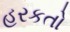
હરકતો